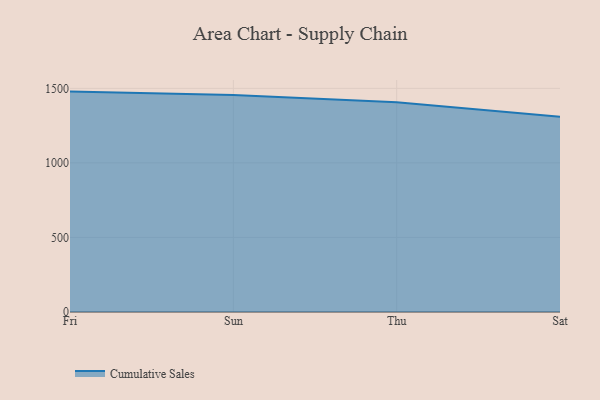
{"axis": {"x": "Day", "y": "Website Visitors"}, "legend": ["Cumulative Sales"], "data": [{"x": "Fri", "y": 1478.1, "type": "Cumulative Sales"}, {"x": "Sun", "y": 1454.8, "type": "Cumulative Sales"}, {"x": "Thu", "y": 1406.2, "type": "Cumulative Sales"}, {"x": "Sat", "y": 1309.4, "type": "Cumulative Sales"}]}